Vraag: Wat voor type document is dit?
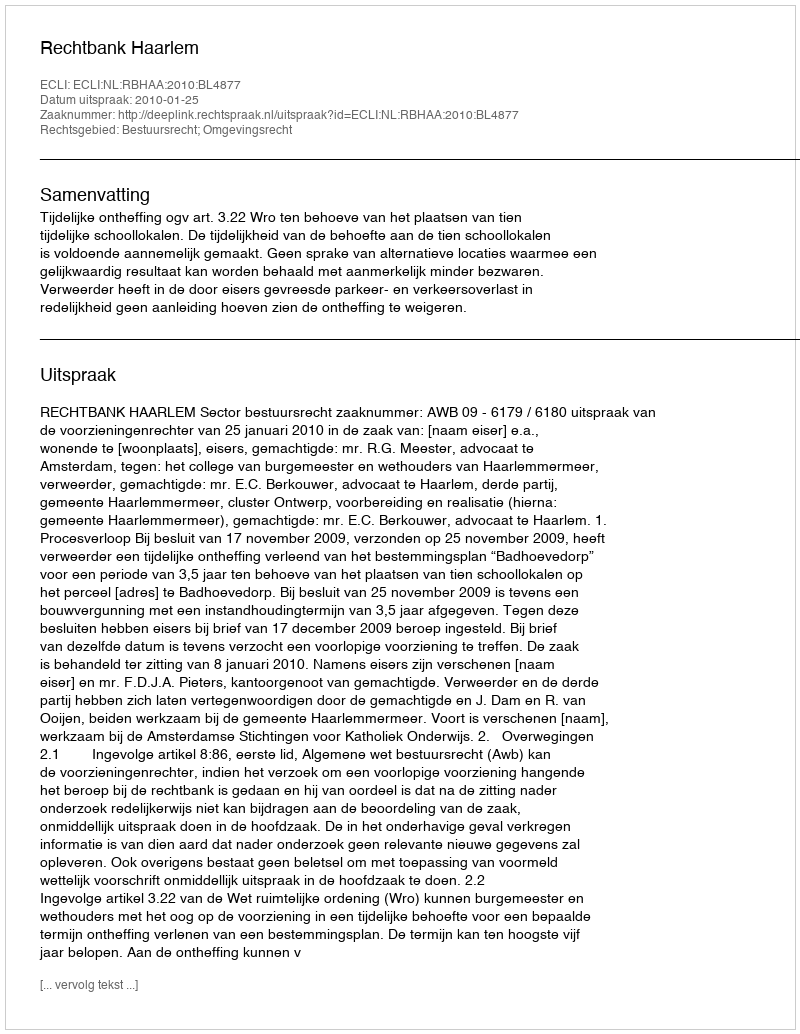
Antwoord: Uitspraak